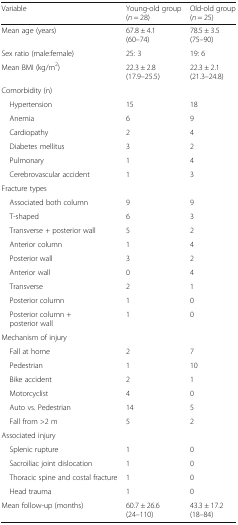
<table><thead><tr><td><b>Variable</b></td><td><b>Young-old group(<i>n</i> = 28)</b></td><td><b>Old-old group(<i>n</i> = 25)</b></td></tr></thead><tbody><tr><td>Mean age (years)</td><td>67.8 ± 4.1 (60–74)</td><td>78.5 ± 3.5 (75–90)</td></tr><tr><td>Sex ratio (male:female)</td><td>25: 3</td><td>19: 6</td></tr><tr><td>Mean BMI (kg/m<sup>2</sup>)</td><td>22.3 ± 2.8 (17.9–25.5)</td><td>22.3 ± 2.1 (21.3–24.8)</td></tr><tr><td colspan="3">Comorbidity (n)</td></tr><tr><td> Hypertension</td><td>15</td><td>18</td></tr><tr><td> Anemia</td><td>6</td><td>9</td></tr><tr><td> Cardiopathy</td><td>2</td><td>4</td></tr><tr><td> Diabetes mellitus</td><td>3</td><td>2</td></tr><tr><td> Pulmonary</td><td>1</td><td>4</td></tr><tr><td> Cerebrovascular accident</td><td>1</td><td>3</td></tr><tr><td colspan="3">Fracture types</td></tr><tr><td> Associated both column</td><td>9</td><td>9</td></tr><tr><td> T-shaped</td><td>6</td><td>3</td></tr><tr><td> Transverse + posterior wall</td><td>5</td><td>2</td></tr><tr><td> Anterior column</td><td>1</td><td>4</td></tr><tr><td> Posterior wall</td><td>3</td><td>2</td></tr><tr><td> Anterior wall</td><td>0</td><td>4</td></tr><tr><td> Transverse</td><td>2</td><td>1</td></tr><tr><td> Posterior column</td><td>1</td><td>0</td></tr><tr><td> Posterior column + posterior wall</td><td>1</td><td>0</td></tr><tr><td colspan="3">Mechanism of injury</td></tr><tr><td> Fall at home</td><td>2</td><td>7</td></tr><tr><td> Pedestrian</td><td>1</td><td>10</td></tr><tr><td> Bike accident</td><td>2</td><td>1</td></tr><tr><td> Motorcyclist</td><td>4</td><td>0</td></tr><tr><td> Auto vs. Pedestrian</td><td>14</td><td>5</td></tr><tr><td> Fall from &gt;2 m</td><td>5</td><td>2</td></tr><tr><td colspan="3">Associated injury</td></tr><tr><td> Splenic rupture</td><td>1</td><td>0</td></tr><tr><td> Sacroiliac joint dislocation</td><td>1</td><td>0</td></tr><tr><td> Thoracic spine and costal fracture</td><td>1</td><td>0</td></tr><tr><td> Head trauma</td><td>1</td><td>0</td></tr><tr><td>Mean follow-up (months)</td><td>60.7 ± 26.6 (24–110)</td><td>43.3 ± 17.2 (18–84)</td></tr></tbody></table>